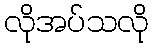
လိုအပ်သလို